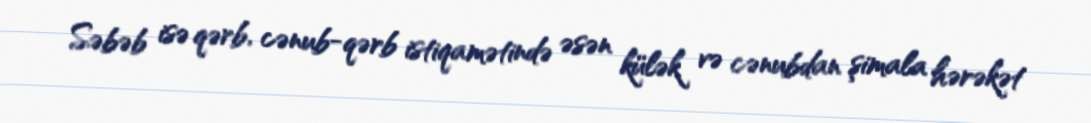
Səbəb isə qərb, cənub-qərb istiqamətində əsən külək və cənubdan şimala hərəkət